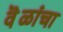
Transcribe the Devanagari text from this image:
वॆळांचा